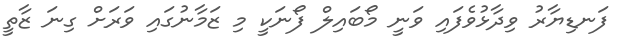
ފަނޑިޔާރު ވިދާޅުވެފައި ވަނީ މޯބައިލް ފޯނަކީ މި ޒަމާނުގައި ވަރަށް ގިނަ ޒާތީ